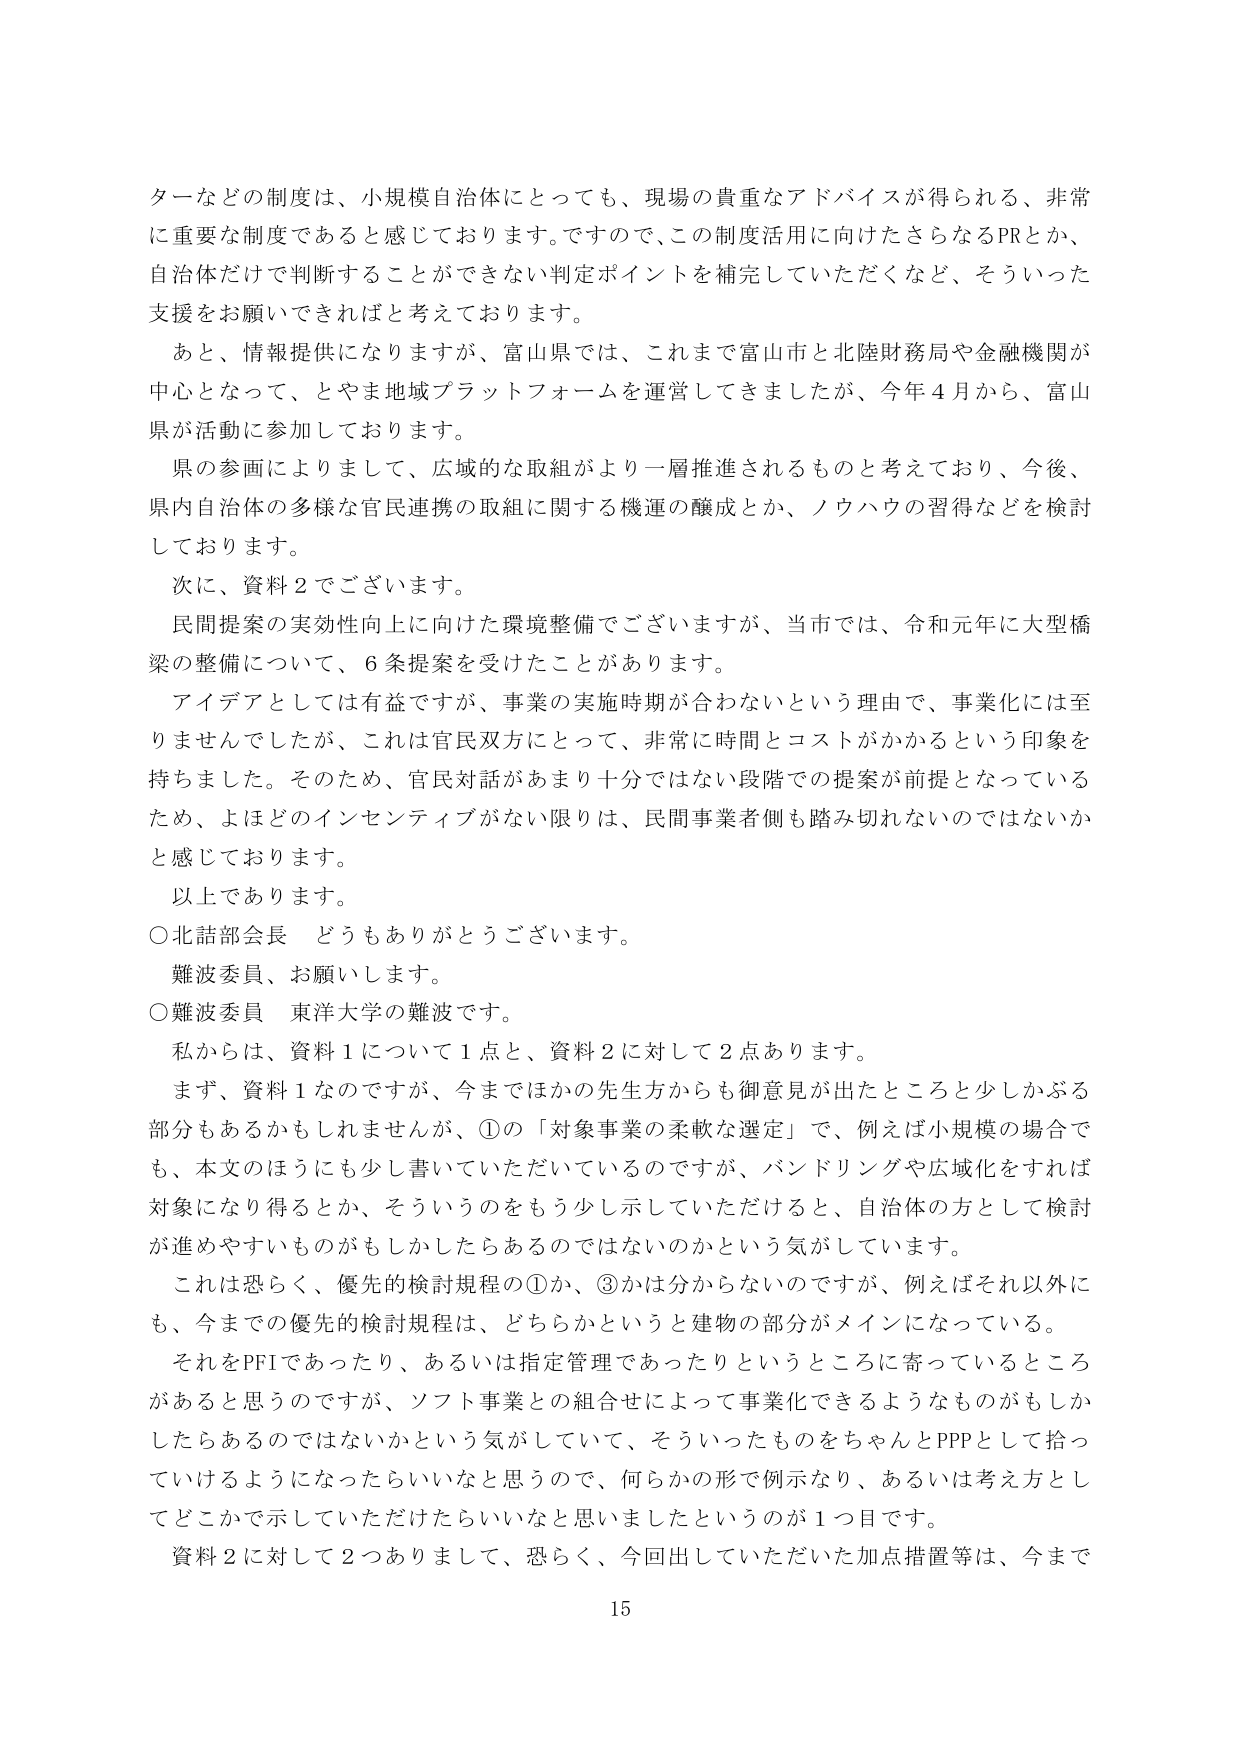
ターなどの制度は、小規模自治体にとっても、現場の貴重なアドバイスが得られる、非常に重要な制度であると感じております。ですので、この制度活用に向けたさらなるPRとか、自治体だけで判断することができない判定ポイントを補完していただくなど、そういった支援をお願いできればと考えております。

あと、情報提供になりますが、富山県では、これまで富山市と北陸財務局や金融機関が中心となって、とやま地域プラットフォームを運営してきましたが、今年４月から、富山県が活動に参加しております。

県の参画によりまして、広域的な取組がより一層推進されるものと考えており、今後、県内自治体の多様な官民連携の取組に関する機運の醸成とか、ノウハウの習得などを検討しております。

次に、資料２でございます。

民間提案の実効性向上に向けた環境整備でございますが、当市では、令和元年に大型橋梁の整備について、６条提案を受けたことがあります。

アイデアとしては有益ですが、事業の実施時期が合わないという理由で、事業化には至りませんでしたが、これは官民双方にとって、非常に時間とコストがかかるという印象を持ちました。そのため、官民対話があまり十分ではない段階での提案が前提となっているため、よほどのインセンティブがない限りは、民間事業者側も踏み切れないのではないかと感じております。

以上であります。

○北詰部会長　どうもありがとうございます。

難波委員、お願いします。

○難波委員　東洋大学の難波です。

私からは、資料１について１点と、資料２に対して２点あります。

まず、資料１なのですが、今までほかの先生方からも御意見が出たところと少しかぶる部分もあるかもしれませんが、①の「対象事業の柔軟な選定」で、例えば小規模の場合でも、本文のほうにも少し書いていただいているのですが、バンドリングや広域化をすれば対象になり得るとか、そういうのをもう少し示していただけると、自治体の方として検討が進めやすいものかもしれないからあるのではないかという気がしています。

これは恐らく、優先的検討規程の①か、③かは分からないのですが、例えばそれ以外にも、今までの優先的検討規程は、どちらかというと建物の部分がメインになっている。

それをPFIであったり、あるいは指定管理であったりというところに寄っているところがあると思うのですが、ソフト事業との組合せによって事業化できるようなものもしかしたらあるのではないかという気がしていて、そういったものをちゃんとPPPとして拾っていけるようになったらいいなと思うので、何らかの形で例示なり、あるいは考え方としてどこかで示していただけたらいいなと思いましたというのが１つ目です。

資料２に対して２つありまして、恐らく、今回出していただいた加点措置等は、今まで

15